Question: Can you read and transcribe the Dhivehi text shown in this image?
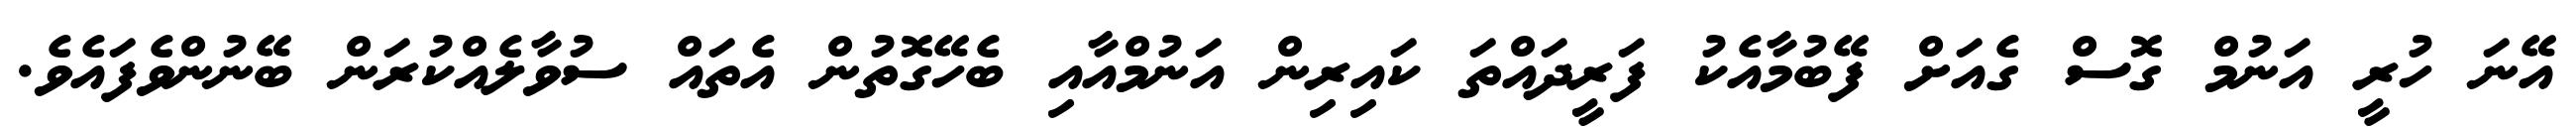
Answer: އޭނަ ހުރީ އަނުމް ގޮސް ގެއަށް ފޭބުމާއެކު ފަރީދައްތަ ކައިރިން އަނުމްއާއި ބެހޭގޮތުން އެތައް ސުވާލެއްކުރަން ބޭނުންވެފައެވެ.